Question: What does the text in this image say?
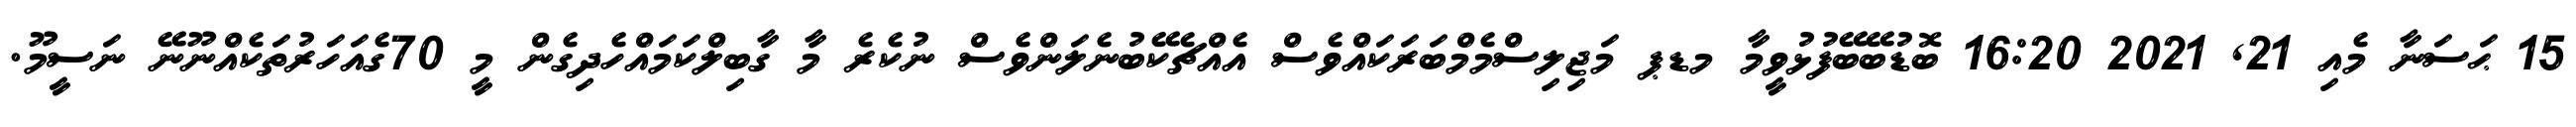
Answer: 15 ޙަސަނާ މެއި 21, 2021 16:20 ބޮޑުބޭބޭފުޅުވީމާ މޑޕ މަޖިލިސްމެމްބަރަކައްވެސް އެއްޗެކޭބުނެލަންވެސް ނުކެރެ މާ ގާބިލްކަމައްހެދިގެން މީ 70ގެއަހަރުތަކެއްނޫނޭ ނަސީމޫ.